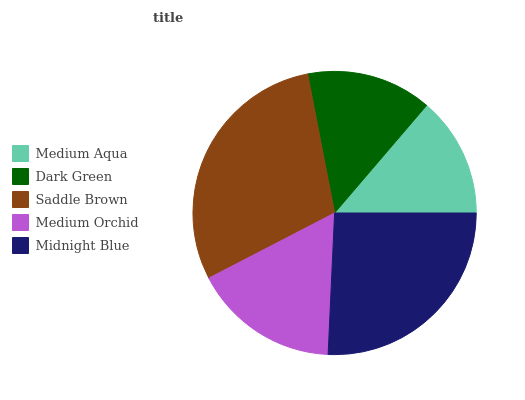
| Medium Aqua | Dark Green | Saddle Brown | Medium Orchid | Midnight Blue |
 | --- | --- | --- | --- | --- |
 | 13.7% | 14.3% | 29.6% | 16.7% | 25.7% |